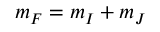
m _ { F } = m _ { I } + m _ { J }